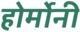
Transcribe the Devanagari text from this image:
होर्मोनी